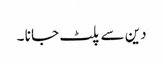
دین سے پلٹ جا نا ۔